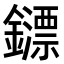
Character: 𨮶